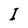
Character: I